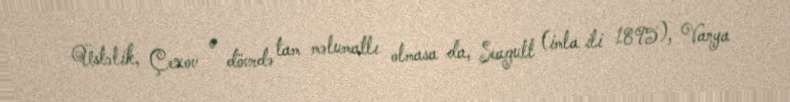
Üstəlik, Çexov o dövrdə tam məlumatlı olmasa da, Seagull (imla ili 1895), Vanya